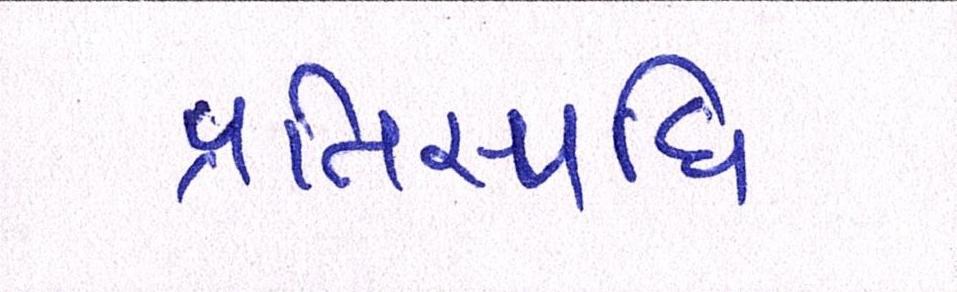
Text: પ્રતિસ્પધિ